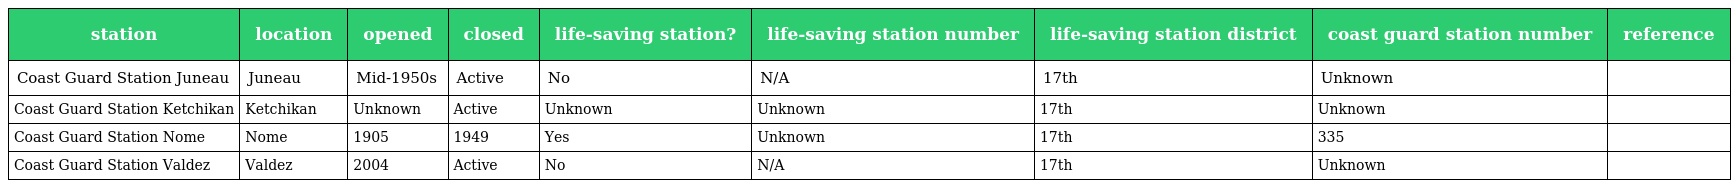
| station | location | opened | closed | life-saving station? | life-saving station number | life-saving station district | coast guard station number | reference |
 | --- | --- | --- | --- | --- | --- | --- | --- | --- |
 | Coast Guard Station Juneau | Juneau | Mid-1950s | Active | No | N/A | 17th | Unknown |  |
 | Coast Guard Station Ketchikan | Ketchikan | Unknown | Active | Unknown | Unknown | 17th | Unknown |  |
 | Coast Guard Station Nome | Nome | 1905 | 1949 | Yes | Unknown | 17th | 335 |  |
 | Coast Guard Station Valdez | Valdez | 2004 | Active | No | N/A | 17th | Unknown |  |